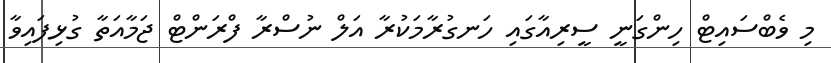
މި ވެބްސައިޓް ހިންގަނީ ސީރިއާގައި ހަނގުރާމަކުރާ އަލް ނުސްރާ ފްރަންޓް ޖަމާއަތާ ގުޅިފައިވާ